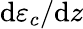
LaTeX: \mathrm{d}\varepsilon_{c}/\mathrm{d}z